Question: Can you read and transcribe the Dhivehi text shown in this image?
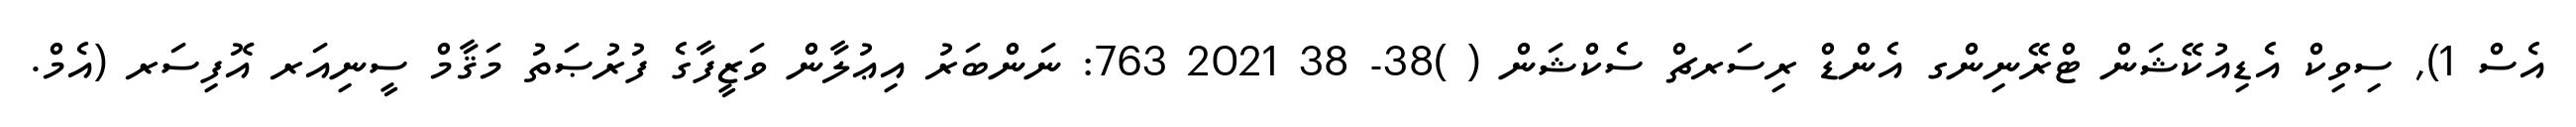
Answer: އެސް 1), ސިވިކް އެޑިއުކޭޝަން ޓްރޭނިންގ އެންޑް ރިސަރޗް ސެކްޝަން ( )38- 38 2021 763: ނަންބަރު އިޢުލާން ވަޒީފާގެ ފުރުޞަތު މަޤާމް ސީނިއަރ އޮފިސަރ (އެމް.